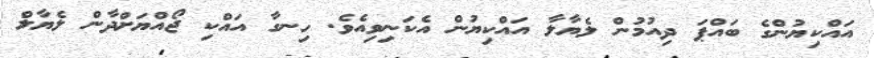
އައްކިޔުންގެ ބައްޕަ ދިއުމުން ލެޔާލާ އައްކިޔުން އެކަނިވިއެވެ. ހިނގާ އައްކި ޖޯއްޔަށްދާން ލެޔާލް